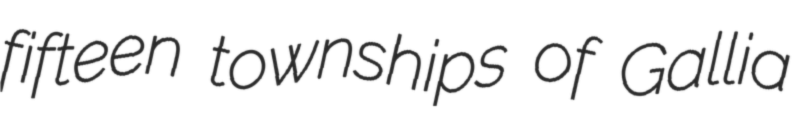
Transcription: fifteen townships of Gallia